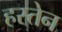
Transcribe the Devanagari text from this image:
हस्तेन